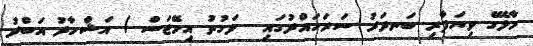
މާލޭގެ ވިޔަފާރި ބަނދަރު ސަރަހައްދުގައި  ވަގުތު އިމޭޖަސް / އަޝްހާދު އަބްދު